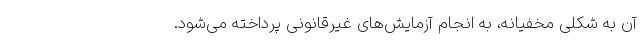
آن به شکلی مخفیانه، به انجام آزمایش‌های غیرقانونی پرداخته می‌شود.